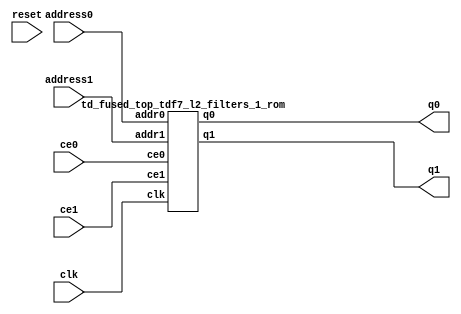
`define EXPONENT 5
`define MANTISSA 10
`define ACTUAL_MANTISSA 11
`define EXPONENT_LSB 10
`define EXPONENT_MSB 14
`define MANTISSA_LSB 0
`define MANTISSA_MSB 9
`define MANTISSA_MUL_SPLIT_LSB 3
`define MANTISSA_MUL_SPLIT_MSB 9
`define SIGN 1
`define SIGN_LOC 15
`define DWIDTH (`SIGN+`EXPONENT+`MANTISSA)
`define IEEE_COMPLIANCE 1

module td_fused_top_tdf7_l2_filters_1(
    reset,
    clk,
    address0,
    ce0,
    q0,
    address1,
    ce1,
    q1);

parameter DataWidth = 32'd16;
parameter AddressRange = 32'd4096;
parameter AddressWidth = 32'd12;
input reset;
input clk;
input[AddressWidth - 1:0] address0;
input ce0;
output[DataWidth - 1:0] q0;
input[AddressWidth - 1:0] address1;
input ce1;
output[DataWidth - 1:0] q1;



td_fused_top_tdf7_l2_filters_1_rom td_fused_top_tdf7_l2_filters_1_rom_U(
    .clk( clk ),
    .addr0( address0 ),
    .ce0( ce0 ),
    .q0( q0 ),
    .addr1( address1 ),
    .ce1( ce1 ),
    .q1( q1 )
);

endmodule
  module td_fused_top_tdf7_l2_filters_1_rom (
addr0, ce0, q0, addr1, ce1, q1, clk);

parameter DWIDTH = 16;
parameter AWIDTH = 12;
parameter MEM_SIZE = 4096;

input[AWIDTH-1:0] addr0;
input ce0;
output reg[DWIDTH-1:0] q0;
input[AWIDTH-1:0] addr1;
input ce1;
output reg[DWIDTH-1:0] q1;
input clk;

 reg [DWIDTH-1:0] ram[MEM_SIZE-1:0];

//initial begin
//    $readmemh("./td_fused_top_tdf7_l2_filters_1_rom.dat", ram);
//end



always @(posedge clk)  
begin 
    if (ce0) 
    begin
        q0 <= ram[addr0];
    end
end



always @(posedge clk)  
begin 
    if (ce1) 
    begin
        q1 <= ram[addr1];
    end
end



endmodule